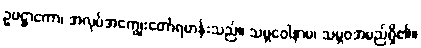
ဥပဋ္ဌာကော၊ အလုပ်အကျွေးတော်ရဟန်းသည်။ သမ္ဘဝေါနာမ၊ သမ္ဘဝအမည်ရှိ၏။